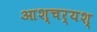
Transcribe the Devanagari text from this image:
आश्चर्यश्